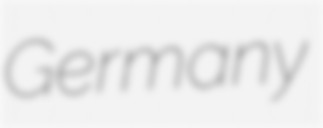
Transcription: Germany